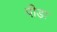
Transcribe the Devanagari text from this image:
पीडा़